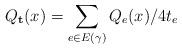
LaTeX: \begin{align*} Q_{\mathbf{t}}(x) = \sum_{e \in E(\gamma)} Q_e(x)/4t_e\end{align*}